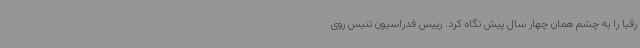
رقبا را به چشم همان چهار سال پیش نگاه کرد. رییس فدراسیون تنیس روی